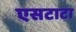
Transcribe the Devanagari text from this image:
एसटाटा